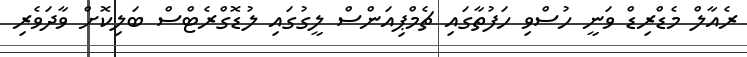
ރެއާލް މެޑްރިޑް ވަނީ ހުސްވި ހަފުތާގައި ޗެމްޕިއަންސް ލީގުގައި ލުޑޮގްރެޓްސް ބަލިކޮށް ވާދަވެރި